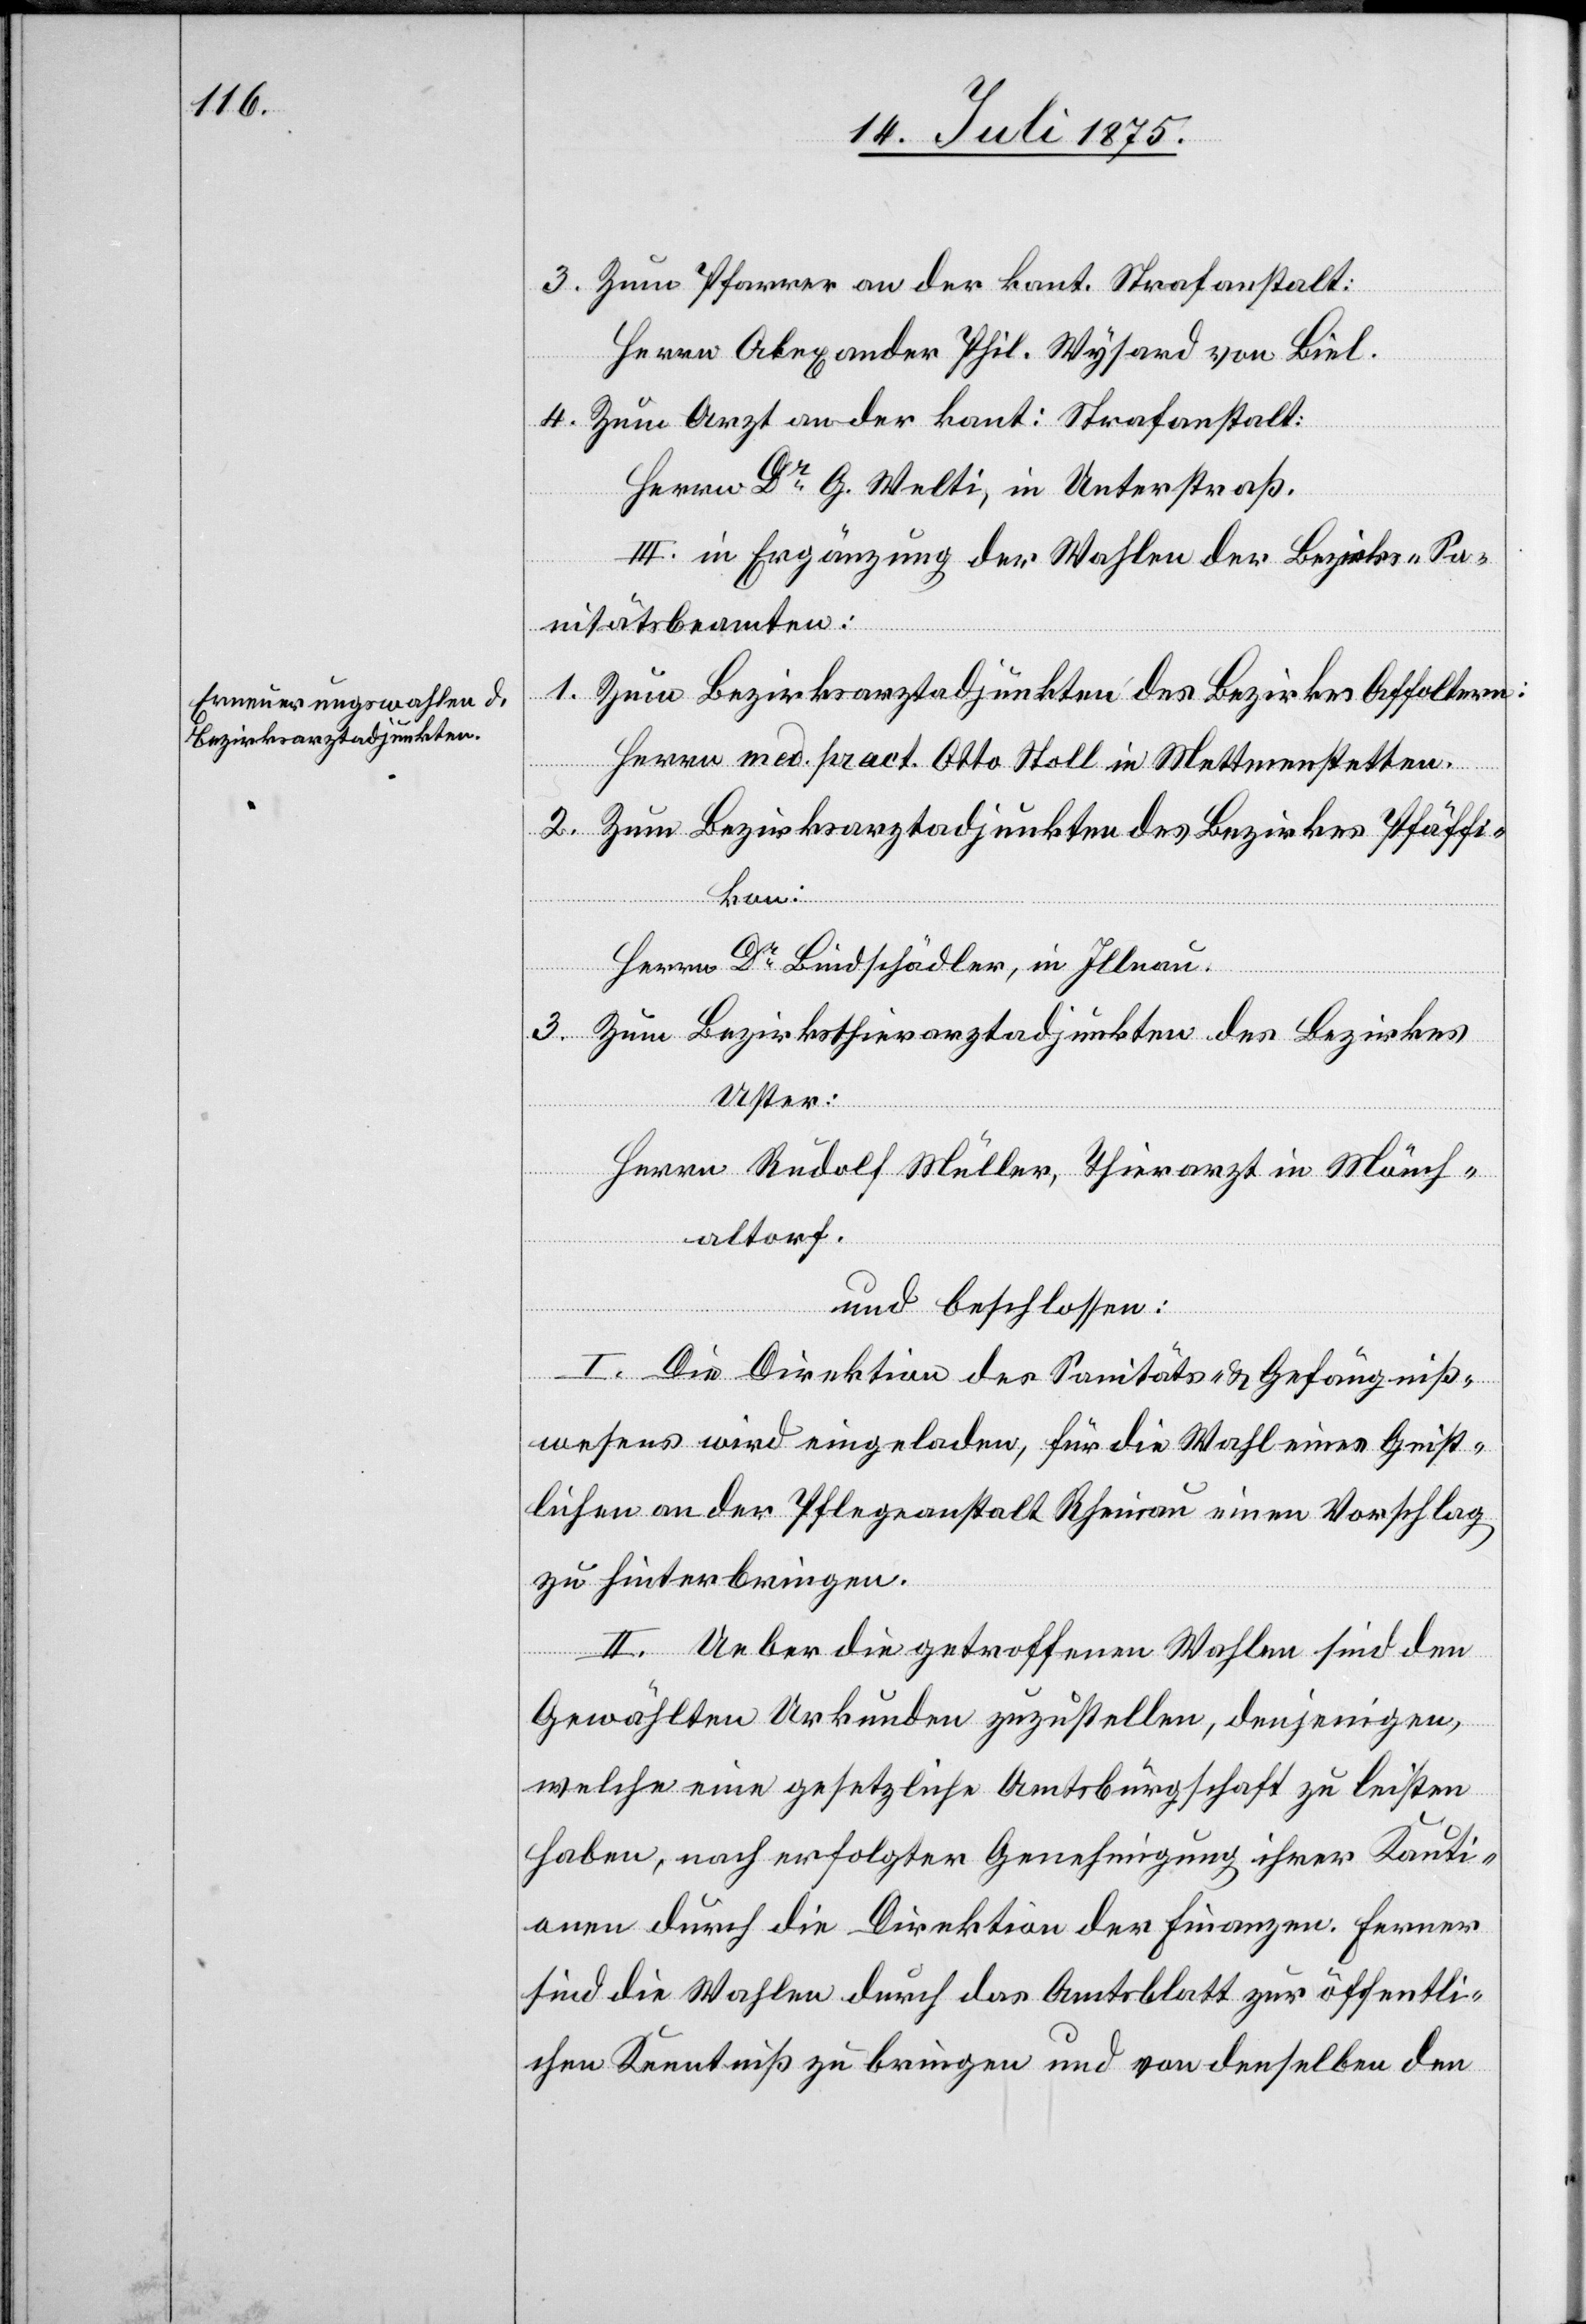
3. Zum Pfarrer an der kant. Strafanstalt:
Herrn Alexander Phil. Wysard von Biel.
4. Zum Arzt an der kant. Strafanstalt:
Herrn Dr G. Welti, in Unterstraß.
III. in Ergänzung der Wahlen des Bezirks-Sa¬
nitätsbeamten:
1. Zum Bezirksarztadjunkten des Bezirkes Affoltern:
Herrn med. pract. Otto Stoll in Mettmenstetten.
2. Zum Bezirksarztadjunkten des Bezirkes Pfäffi¬
kon:
Herrn Dr Bindschädler, in Illnau.
3. Zum Bezirksarztadjunkten des Bezirkes
Uster:
Herrn Rudolf Müller, Thierarzt in Mönch¬
altdorf.
und beschlossen:
I. Die Direktion des Sanitäts- & Gefängniß¬
wesens wird eingeladen, für die Wahl eines Geist¬
lichen an der Pflegeanstalt Rheinau einen Vorschlag
zu hinterbringen.
II. Ueber die getroffenen Wahlen sind den
Gewählten Urkunden zuzustellen, denjenigen,
welche eine gesetzliche Amtsbürgschaft zu leisten
haben, nach erfolgter Genehmigung ihrer Kauti¬
onen durch die Direktion der Finanzen. Ferner
sind die Wahlen durch das Amtsblatt zur öffentli¬
chen Kenntniß zu bringen und von denselben den